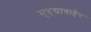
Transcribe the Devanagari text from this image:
मुद्द्याबाहेर